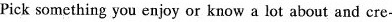
Pick something you enjoy or know a lot about and cre-